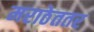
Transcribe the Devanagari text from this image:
मराठेततर